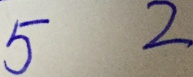
5 2